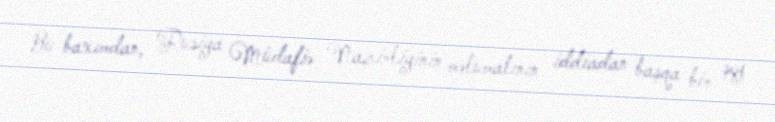
Bu baxımdan, Rusiya Müdafiə Nazirliyinin məlumatının iddiadan başqa bir şey